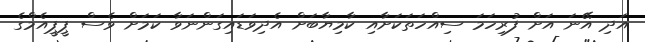
އަދި އޭނަ އަށް ފުރިހަމަ ސިއްހަތަކަށާއި ކާމިޔާބަށް އެދިވަޑައިގަންނަވާ ކަމަށް ވެސް ޕީޕީއެމްގެ